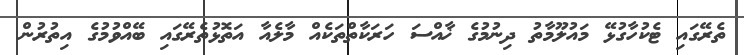
ތެރޭގައި ޓެކުހާގުޅޭ މައުލޫމާތު ދިނުމުގެ ޚާއްސަ ހަރަކާތްތަކެއް މާލެއާ އަތޮޅުތެރޭގައި ބޭއްވުމުގެ އިތުރުން